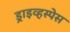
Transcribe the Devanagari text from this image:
ड्राइव्हस्पेस